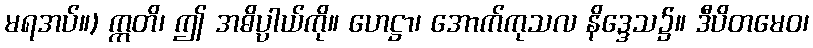
မရအပ်။) ဣတိ၊ ဤ အဓိပ္ပါယ်ကို။ ဟေဋ္ဌာ၊ အောက်ကုသလ နိဒ္ဒေသ၌။ ဒီပိတမေဝ၊